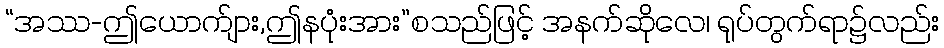
“အဿ-ဤယောက်ျား,ဤနပုံးအား”စသည်ဖြင့် အနက်ဆိုလေ၊ ရုပ်တွက်ရာ၌လည်း